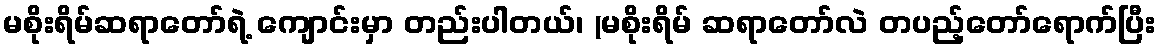
မစိုးရိမ်ဆရာတော်ရဲ့ ကျောင်းမှာ တည်းပါတယ်၊ (မစိုးရိမ် ဆရာတော်လဲ တပည့်တော်ရောက်ပြီး